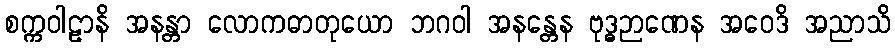
စက္ကဝါဠာနိ အနန္တာ လောကဓာတုယော ဘဂဝါ အနန္တေန ဗုဒ္ဓဉာဏေန အဝေဒိ အညာသိ